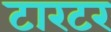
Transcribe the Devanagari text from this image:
टारटर